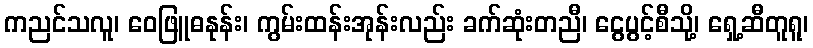
ကညင်သလူ၊ ဝေဖြူဓနုန်း၊ ကွမ်းထန်းအုန်းလည်း ခက်ဆုံးတညီ၊ ငွေပွင့်စီသို့၊ ရှေ့ဆီတူရူ၊